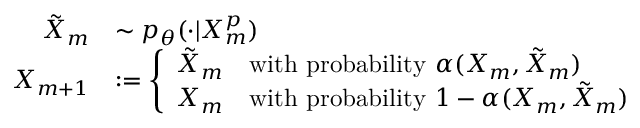
\begin{array} { r l } { \Tilde { X } _ { m } } & { \sim p _ { \theta } ( \cdot | X _ { m } ^ { p } ) } \\ { X _ { m + 1 } } & { : = \left\{ \begin{array} { l l } { \tilde { X } _ { m } } & { \mathrm { w i t h ~ p r o b a b i l i t y ~ } \alpha ( X _ { m } , \tilde { X } _ { m } ) } \\ { X _ { m } } & { \mathrm { w i t h ~ p r o b a b i l i t y ~ } 1 - \alpha ( X _ { m } , \tilde { X } _ { m } ) } \end{array} \right. } \end{array}